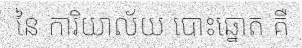
នៃ ការិយាល័យ បោះឆ្នោត គឺ